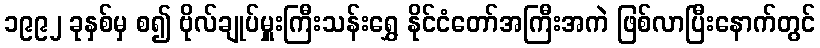
၁၉၉၂ ခုနှစ်မှ စ၍ ဗိုလ်ချုပ်မှူးကြီးသန်းရွှေ နိုင်ငံတော်အကြီးအကဲ ဖြစ်လာပြီးနောက်တွင်